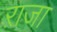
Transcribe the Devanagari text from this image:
ऱाजा